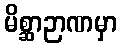
မိစ္ဆာဉာဏမှာ